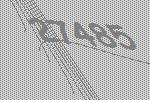
27485